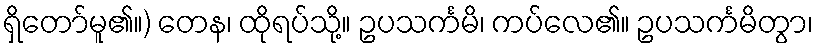
ရှိတော်မူ၏။) တေန၊ ထိုရပ်သို့။ ဥပသင်္ကမိ၊ ကပ်လေ၏။ ဥပသင်္ကမိတွာ၊